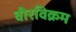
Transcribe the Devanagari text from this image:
वीरविक्रम